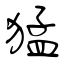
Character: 猛